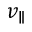
v _ { \parallel }